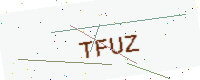
Text: TFUZ